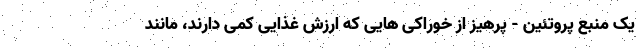
یک منبع پروتئین - پرهیز از خوراکی هایی که ارزش غذایی کمی دارند، مانند